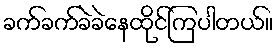
ခက်ခက်ခဲခဲနေထိုင်ကြပါတယ်။